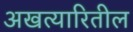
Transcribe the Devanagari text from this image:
अखत्यारितील